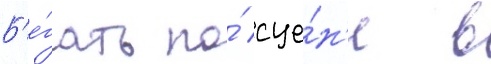
Б'е́гать по́ сце́н'е в